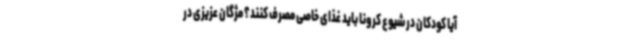
آیا کودکان در شیوع کرونا باید غذای خاصی مصرف کنند؟ مژگان عزیزی در